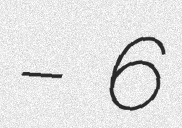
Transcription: – 6